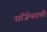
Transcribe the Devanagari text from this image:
सर्जियसची